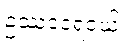
ဥဿဒငရဲငယ်။